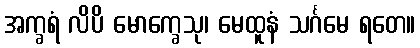
အက္ခရံ လိပိ မောက္ခေသု၊ မေထူနံ သင်္ဂမေ ရတေ။